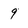
Character: 9